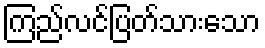
ကြည်လင်ပြတ်သားသော